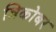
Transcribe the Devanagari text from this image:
न्निकोबर